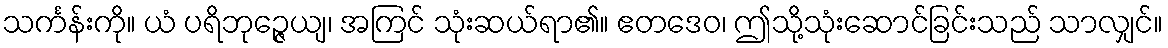
သင်္ကန်းကို။ ယံ ပရိဘုဉ္ဇေယျ၊ အကြင် သုံးဆယ်ရာ၏။ ဧတဒေဝ၊ ဤသို့သုံးဆောင်ခြင်းသည် သာလျှင်။